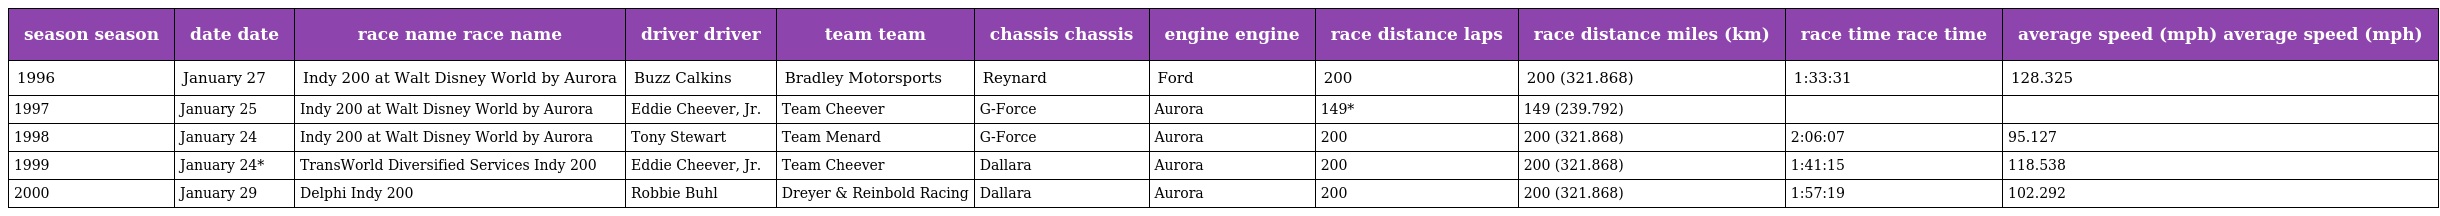
| season season | date date | race name race name | driver driver | team team | chassis chassis | engine engine | race distance laps | race distance miles (km) | race time race time | average speed (mph) average speed (mph) |
 | --- | --- | --- | --- | --- | --- | --- | --- | --- | --- | --- |
 | 1996 | January 27 | Indy 200 at Walt Disney World by Aurora | Buzz Calkins | Bradley Motorsports | Reynard | Ford | 200 | 200 (321.868) | 1:33:31 | 128.325 |
 | 1997 | January 25 | Indy 200 at Walt Disney World by Aurora | Eddie Cheever, Jr. | Team Cheever | G-Force | Aurora | 149* | 149 (239.792) |  |  |
 | 1998 | January 24 | Indy 200 at Walt Disney World by Aurora | Tony Stewart | Team Menard | G-Force | Aurora | 200 | 200 (321.868) | 2:06:07 | 95.127 |
 | 1999 | January 24* | TransWorld Diversified Services Indy 200 | Eddie Cheever, Jr. | Team Cheever | Dallara | Aurora | 200 | 200 (321.868) | 1:41:15 | 118.538 |
 | 2000 | January 29 | Delphi Indy 200 | Robbie Buhl | Dreyer & Reinbold Racing | Dallara | Aurora | 200 | 200 (321.868) | 1:57:19 | 102.292 |